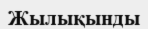
Жылықынды